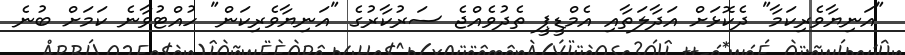
"އަނިޔާވެރިކަމާ" ދެކޮޅަށް އަދާލަތާއި އެމްޑީޕީ ތެދުވެއްޖެ ސަރުކާރުގެ "އަނިޔާވެރިކަން" ހުއްޓުވާނެ ކަމަށް ބުނެ